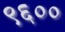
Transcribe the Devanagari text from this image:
९६००